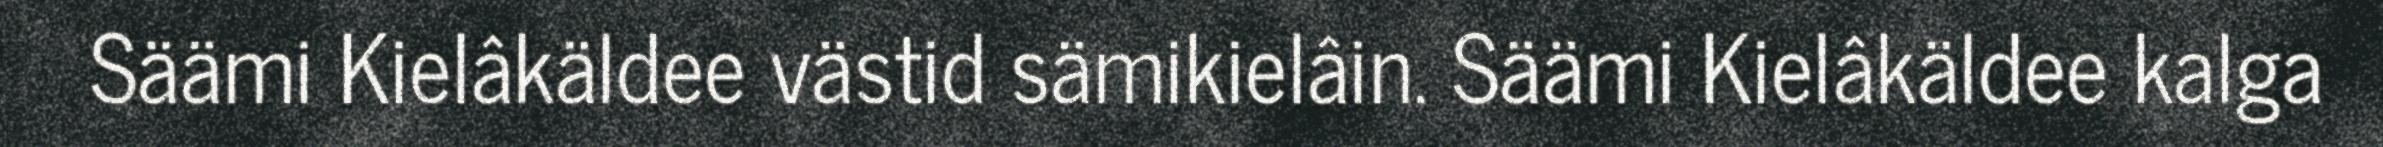
Säämi Kielâkäldee västid sämikielâin. Säämi Kielâkäldee kalga